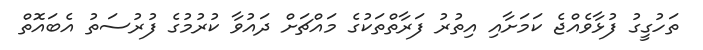
ތަހުގީގު ފުޅާވެއްޖެ ކަމަށާއި އިތުރު ފަރާތްތަކުގެ މައްޗަށް ދައުވާ ކުރުމުގެ ފުރުސަތު އެބައޮތް